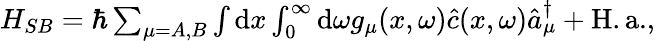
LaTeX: \begin{array}{r}{H_{SB}=\hbar\sum_{\mu=A,B}\int\mathrm{d}x\int_{0}^{\infty}\mathrm{d}\omega g_{\mu}(x,\omega)\hat{c}(x,\omega)\hat{a}_{\mu}^{\dagger}+\mathrm{H.a.},}\end{array}